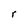
Character: r